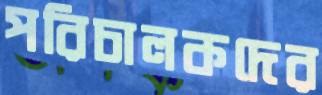
পরিচালকদের